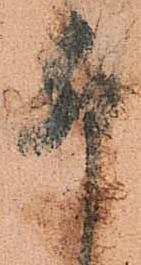
卯